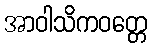
အာဝါသိကဝတ္တေ